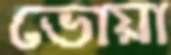
ভোয়া